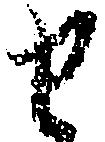
せ